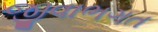
જીવાભગત